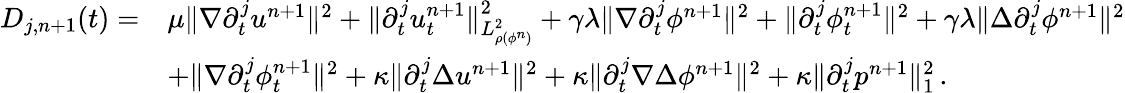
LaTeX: \begin{array}{rl}{{D}_{j,n+1}(t)=}&{\mu\| \nabla\partial_{t}^{j}u^{n+1}\| ^{2}+\| \partial_{t}^{j}u_{t}^{n+1}\| _{L_{\rho(\phi^{n})}^{2}}^{2}+\gamma\lambda\| \nabla\partial_{t}^{j}\phi^{n+1}\| ^{2}+\| \partial_{t}^{j}\phi_{t}^{n+1}\| ^{2}+\gamma\lambda\| \Delta\partial_{t}^{j}\phi^{n+1}\| ^{2}}\\ &{+\| \nabla\partial_{t}^{j}\phi_{t}^{n+1}\| ^{2}+\kappa\| \partial_{t}^{j}\Delta u^{n+1}\| ^{2}+\kappa\| \partial_{t}^{j}\nabla\Delta\phi^{n+1}\| ^{2}+\kappa\| \partial_{t}^{j}p^{n+1}\| _{1}^{2}\, .}\end{array}